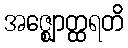
အဇ္ဈောတ္ထရတိ